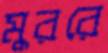
মুররে